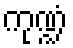
ကုဏ္ဍံ